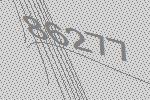
86277